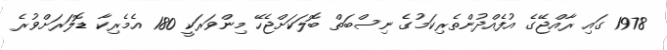
1978 ގައި ރާއްޖޭގެ އުފެއްދުންތެރިކަމުގެ ނިސްބަތް ބޮލަކަށްޖެހޭ މިންވަރަކީ 180 އެމެރިކާ ޑޮލަރަށްވުރެ